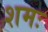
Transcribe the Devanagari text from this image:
शमः